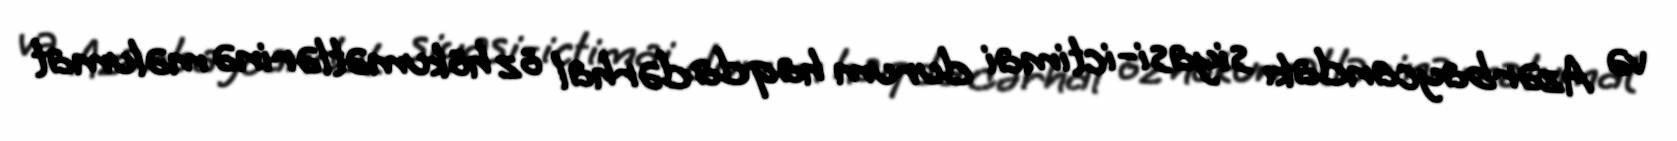
və Azərbaycandakı siyasi-ictimai durum haqda dərhal öz hökumətlərinə məlumat